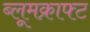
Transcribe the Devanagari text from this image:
ब्लूमक्राफ्ट